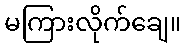
မကြားလိုက်ချေ။